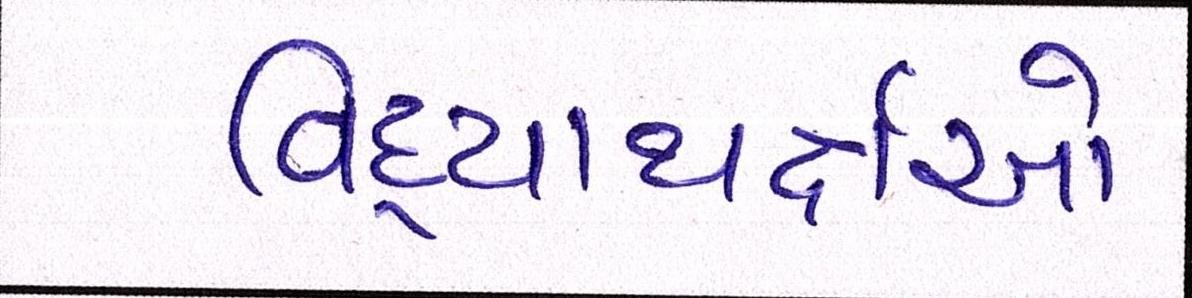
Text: વિદ્યાથર્ક્ષઓ